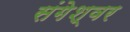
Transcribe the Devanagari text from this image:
संगेश्वर